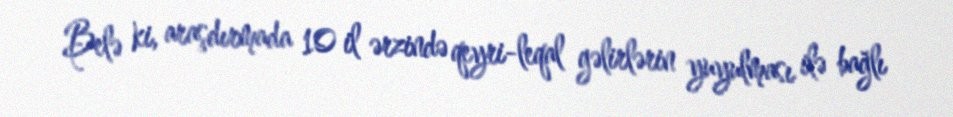
Belə ki, araşdırmada 10 il ərzində qeyri-leqal gəlirlərin yuyulması ilə bağlı